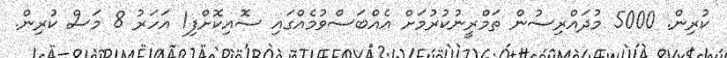
ކުރިން. 5000 މުދައްރިސުން ތަމްރީނުކުރުމަށް އެއްބަސްވުމެއްގައި ސޮއިކޮށްފި1 އަހަރު 8 މަސް ކުރިން.